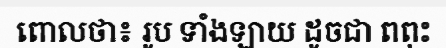
ពោលថា៖ រូប ទាំងឡាយ ដូចជា ពពុះ